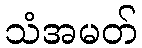
သံအမတ်